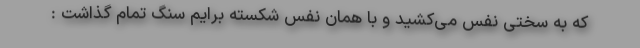
که به سختی نفس می‌کشید و با همان نفس شکسته برایم سنگ تمام گذاشت :